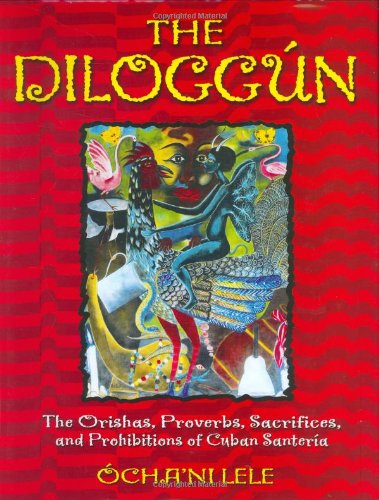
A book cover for The Diloggun: The Orishas, Proverbs, Sacrifices, and Prohibitions of Cuban Santeria; ÃEcha'ni Lele; Literature & Fiction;